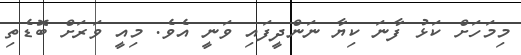
މިމަހަށް ކަޅު ފާނަ ކިޔާ ނަންދީފައި ވަނީ އެވެ. މިއީ ވަރަށް ބޮޑެތި